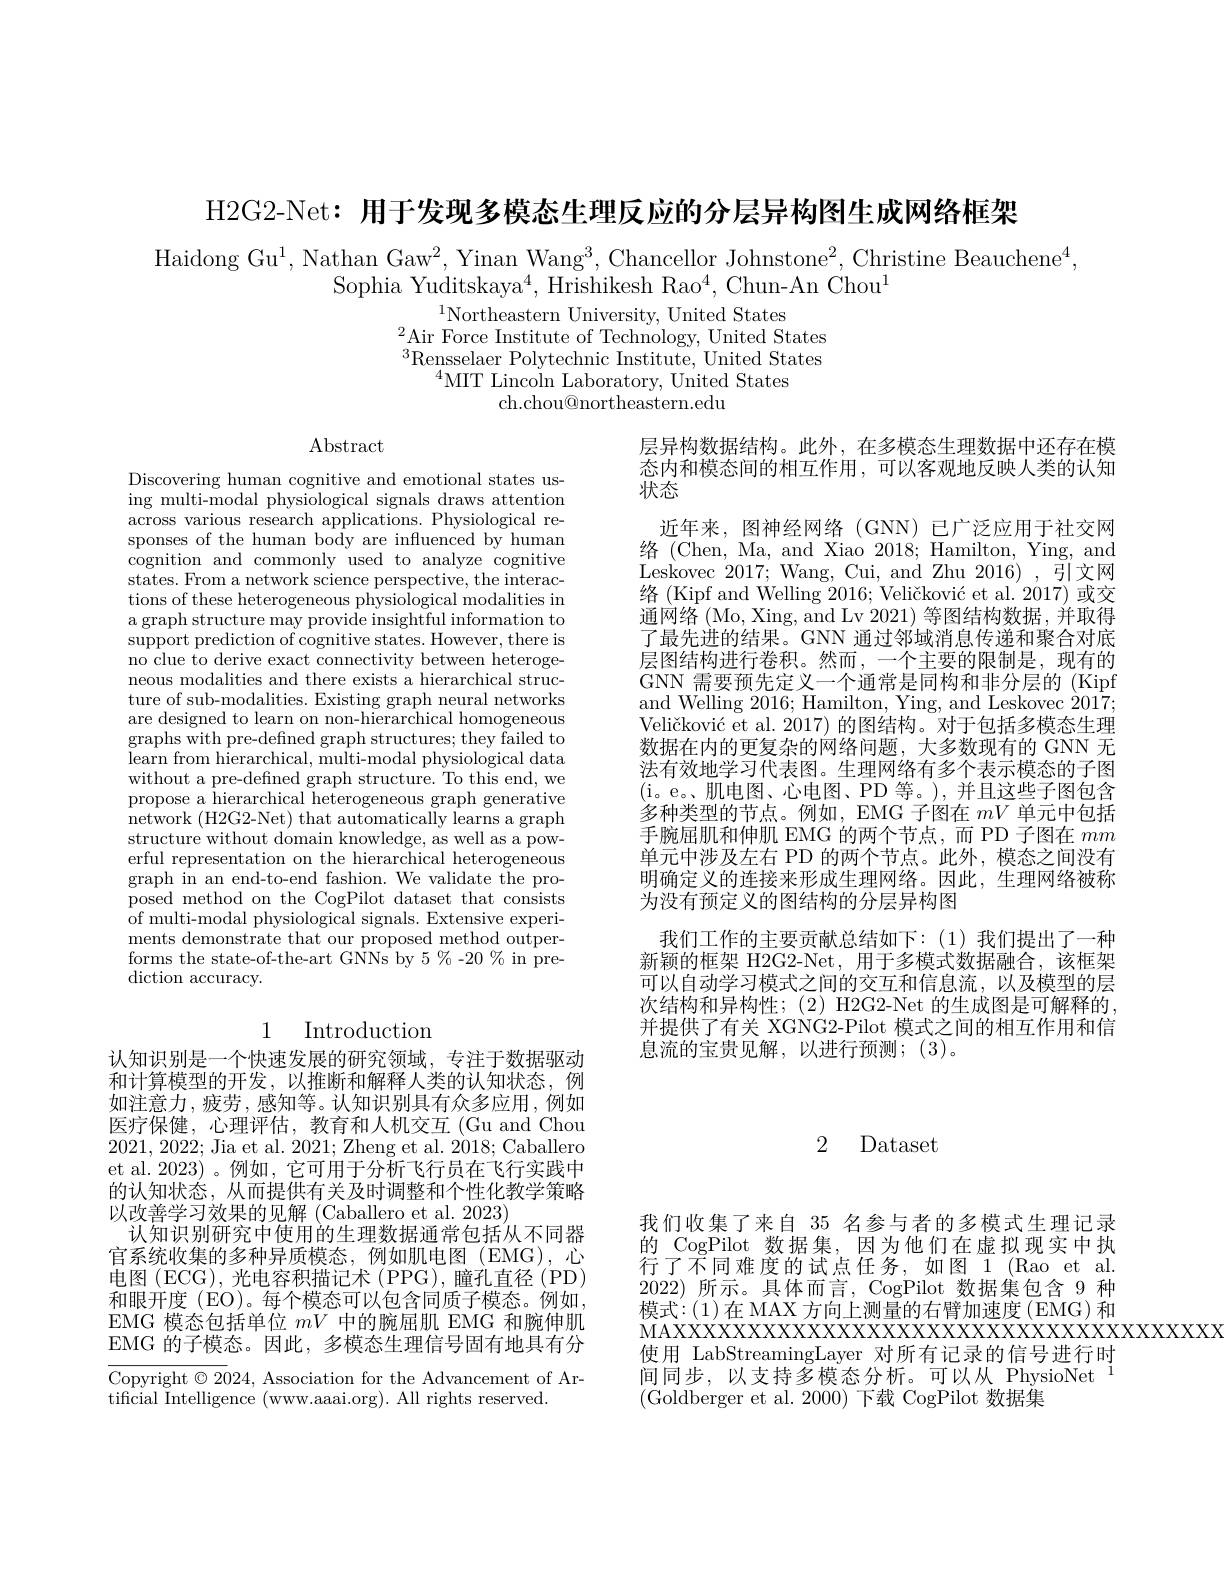
H2G2-Net: 用于发现多模态生理反应的分层异构图生成网络框架

Haidong Gu$^1$,Nathan Gaw$^2$,Yinan Wang$^3$,Chancellor Johnstone$^2$, Christine Beauchene$^4$,
Sophia Yuditskaya$^4$,Hrishikesh Rao$^4$, Chun-An Chou$^1$

$^{1}$Northeastern University, United States
$^{2}$Air Force Institute of Technology, United States $^3$Rensselaer Polytechnic Institute, United States
$^{4}$MIT Lincoln Laboratory, United States
ch.chou@northeastern.edu

Abstract

Discovering human cognitive and emotional states using multi-modal physiological signals draws attention across various research applications. Physiological responses of the human body are influenced by human cognition and commonly used to analyze cognitive states. From a network science perspective, the interactions of these heterogeneous physiological modalities in a graph structure may provide insightful information to support prediction of cognitive states. However, there is no clue to derive exact connectivity between heterogeneous modalities and there exists a hierarchical structure of sub-modalities. Existing graph neural networks are designed to learn on non-hierarchical homogeneous graphs with pre-defined graph structures; they failed to learn from hierarchical, multi-modal physiological data without a pre-defined graph structure. To this end, we propose a hierarchical heterogeneous graph generative network (H2G2-Net) that automatically learns a graph structure without domain knowledge, as well as a powerful representation on the hierarchical heterogeneous graph in an end-to-end fashion. We validate the proposed method on the CogPilot dataset that consists of multi-modal physiological signals. Extensive experiments demonstrate that our proposed method outperforms the state-of-the-art GNNs by 5 %-20 $\%$ in prediction accuracy.

层异构数据结构。此外，在多模态生理数据中还存在模态内和模态间的相互作用，可以客观地反映人类的认知状态
近年来，图神经网络(GNN)已广泛应用于社交网络( Chen, Ma, and Xiao 2018; Hamilton, Ying, and Leskovec 2017; Wang, Cui, and Zhu 2016) , 引文网络(Kipf and Welling 2016; Veličković et al. 2017) 或交通网络 (Mo, Xing, and Lv 2021) 等图结构数据，并取得了最先进的结果。GNN 通过邻域消息传递和聚合对底层图结构进行卷积。然而，一个主要的限制是，现有的GNN 需要预先定义一个通常是同构和非分层的 (Kipf and Welling 2016; Hamilton, Ying, and Leskovec 2017; Veličković et al. 2017) 的图结构。对于包括多模态生理数据在内的更复杂的网络问题，大多数现有的 GNN 无法有效地学习代表图。生理网络有多个表示模态的子图(i。e。、肌电图、心电图、PD 等。),并且这些子图包含多种类型的节点。例如，EMG 子图在$mV$单元中包括手腕屈肌和伸肌 EMG 的两个节点，而 PD 子图在$mm$ 单元中涉及左右 PD 的两个节点。此外，模态之间没有明确定义的连接来形成生理网络。因此，生理网络被称为没有预定义的图结构的分层异构图
我们工作的主要贡献总结如下：(1)我们提出了一种新颖的框架 H2G2-Net, 用于多模式数据融合，该框架可以自动学习模式之间的交互和信息流，以及模型的层次结构和异构性；(2) H2G2-Net 的生成图是可解释的并提供了有关 XGNG2-Pilot 模式之间的相互作用和信息流的宝贵见解，以进行预测；(3)。

## 1 Introduction

## 2 Dataset

认知识别是一个快速发展的研究领域，专注于数据驱动和计算模型的开发，以推断和解释人类的认知状态，例如注意力，疲劳，感知等。认知识别具有众多应用，例如医疗保健，心理评估，教育和人机交互(Guand Chou 2021,2022; Jia et al. 2021; Zheng et al. 2018; Caballero et al. 2023) 。例如，它可用于分析飞行员在飞行实践中的认知状态，从而提供有关及时调整和个性化教学策略以改善学习效果的见解 (Caballero et al. 2023)
认知识别研究中使用的生理数据通常包括从不同器官系统收集的多种异质模态，例如肌电图(EMG),心电图 (ECG), 光电容积描记术 (PPG), 瞳孔直径 (PD) 和眼开度 (EO)。每个模态可以包含同质子模态。例如， EMG 模态包括单位$mV$中的腕屈肌 EMG 和腕伸肌EMG 的子模态。因此，多模态生理信号固有地具有分

我们收集了来自 35 名参与者的多模式生理记录的 CogPilot 数据集，因为他们在虚拟现实中执行了不同难度的试点任务，如图 1 (Rao et al. 2022) 所示。具体而言，CogPilot 数据集包含 9 种模式：(1)在 MAX 方向上测量的右臂加速度 (EMG) 和
使用 LabStreamingLayer 对所有记录的信号进行时间同步，以支持多模态分析。可以从 PhysioNet$^{1}$ (Goldberger et al. 2000)下载 CogPilot 数据集

Copyright $\odot2024$, Association for the Advancement of Ar-
tificial Intelligence (www.aaai.org). All rights reserved.